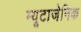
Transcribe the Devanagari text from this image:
म्यूटाजेनिक